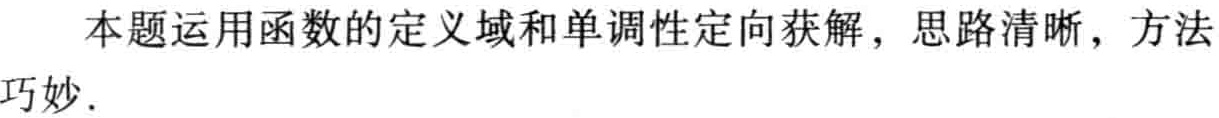
本题运用函数的定义域和单调性定向获解，思路清晰，方法巧妙．